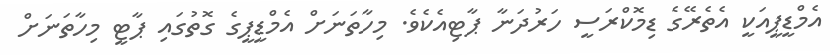
އެމްޑީޕީއަކީ އެތެރޭގެ ޑިމޮކްރަސީ ހަރުދަނާ ޕާޓިއެކެވެ. މިހާތަނަށް އެމްޑީޕީގެ ގޮތުގައި ޕާޓީ މިހާތަނަށް